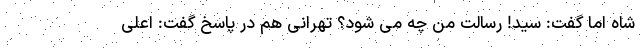
شاه اما گفت: سید! رسالت من چه می شود؟ تهرانی هم در پاسخ گفت: اعلی